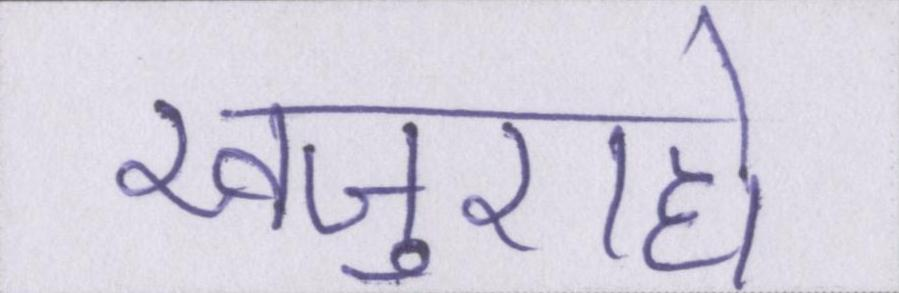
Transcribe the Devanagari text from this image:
खजुराहो